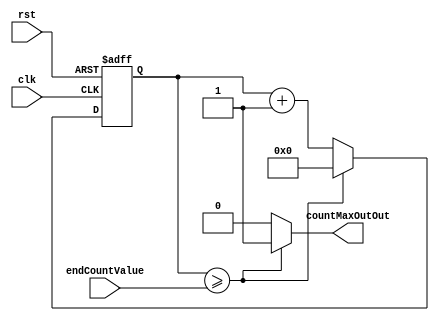
module CountToMax(clk, rst, endCountValue, countMaxOutOut);

	// inputs declarations
	input wire clk, rst;
	input wire [23:0] endCountValue;
	
	// output declarations
	output wire countMaxOutOut;
	
	// internal registers
	reg [23:0] count;
	
	always @ (posedge clk or negedge rst) begin
			
		if (~rst)						// restart. reset enable at 0
			count = 24'b0;
		else if (count >= endCountValue)	// counting is done
			count = 24'b0;
		else
			count = count + 24'b1; 		// increase count by 1
	end
		
	assign countMaxOutOut = (count >= endCountValue)? 1'b1: 1'b0;
	
endmodule